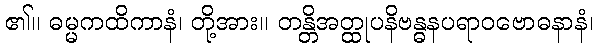
၏။ ဓမ္မကထိကာနံ၊ တို့အား။ တန္တိအတ္ထုပနိဗန္ဓနပရာဝဗောဓနာနံ၊